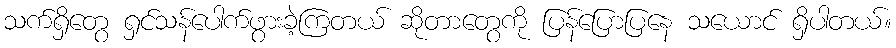
သက်ရှိတွေ ရှင်သန်ပေါက်ဖွားခဲ့ကြတယ် ဆိုတာတွေကို ပြန်ပြောပြနေ သယောင် ရှိပါတယ်။